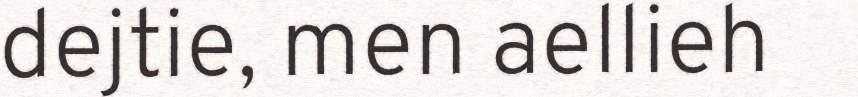
dejtie, men aellieh